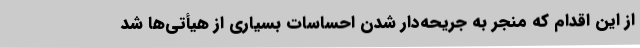
از این اقدام که منجر به جریحه‌دار شدن احساسات بسیاری از هیأتی‌ها شد